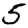
Digit: 5